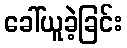
ခေါ်ယူခဲ့ခြင်း